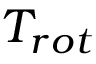
T _ { r o t }